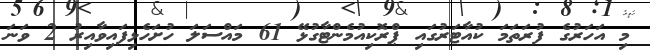
މި އަހަރުގެ ފުރަތަމަ ކުއާޓަރުގައި ޕްރޮކިއުމެންޓާގުޅޭ 61 މައްސަލަ ހުށަހެޅިފައިވާއިރު 2 ވަނަ